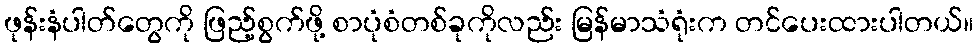
ဖုန်းနံပါတ်တွေကို ဖြည့်စွက်ဖို့ စာပုံစံတစ်ခုကိုလည်း မြန်မာသံရုံးက တင်ပေးထားပါတယ်။